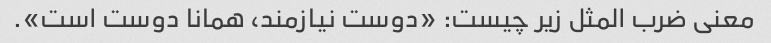
معنی ضرب المثل زیر چیست: «دوست نیازمند، همانا دوست است».